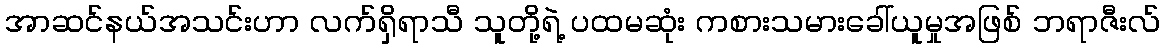
အာဆင်နယ်အသင်းဟာ လက်ရှိရာသီ သူတို့ရဲ့ ပထမဆုံး ကစားသမားခေါ်ယူမှုအဖြစ် ဘရာဇီးလ်